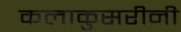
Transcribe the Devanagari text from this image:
कलाकुसरीनी